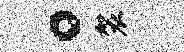
。袈